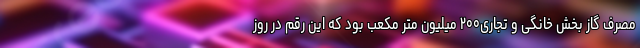
مصرف گاز بخش خانگی و تجاری۲۰۰ میلیون متر مکعب بود که این رقم در روز